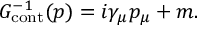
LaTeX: G _ { \mathrm { c o n t } } ^ { - 1 } ( p ) = i \gamma _ { \mu } p _ { \mu } + m .